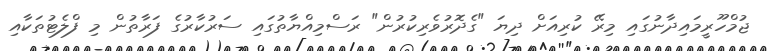
ޖުމްހޫރީމައިދާނުގައި މިރޭ ކުރިއަށް ދިޔަ "ގެދޮރުވެރިކުރުން" ރަސްމިއްޔާތުގައި ސަރުކާރުގެ ފަރާތުން މި ފްލެޓުތަކާއި